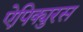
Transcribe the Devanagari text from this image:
ऐपिक्युरस